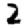
Digit: 2